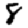
Digit: 8